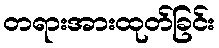
တရားအားထုတ်ခြင်း